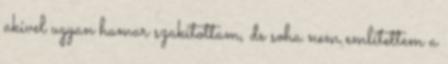
akivel ugyan hamar szakítottam, de soha nem említettem a